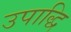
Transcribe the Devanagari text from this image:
उपाद्धि